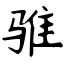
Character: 骓